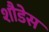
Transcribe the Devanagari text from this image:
शौडेस